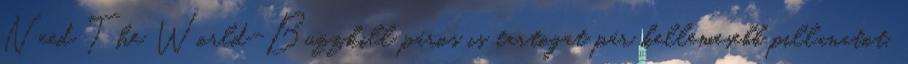
Need The World-Buzzkill páros is tartogat pár kellemesebb pillanatot,